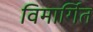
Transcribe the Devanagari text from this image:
विमार्गित